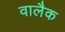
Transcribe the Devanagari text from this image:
वालैक